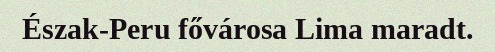
Észak-Peru fővárosa Lima maradt.